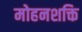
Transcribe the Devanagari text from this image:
मोहनशक्ति